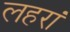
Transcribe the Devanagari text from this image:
लहरां